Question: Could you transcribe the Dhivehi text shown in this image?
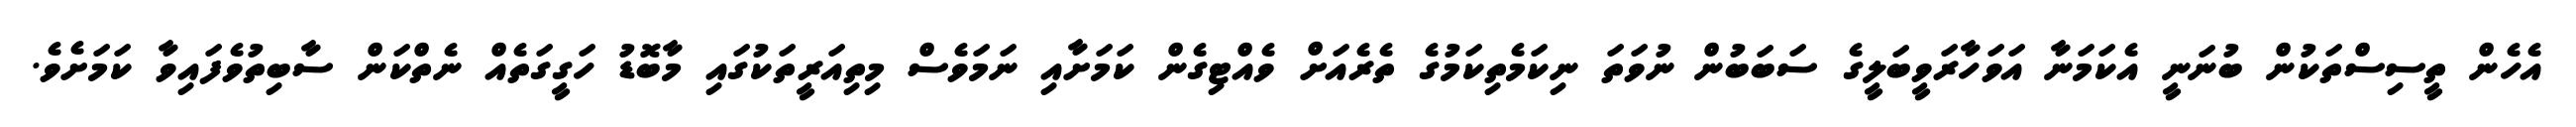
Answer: އެހެން ތީސިސްތަކުން ބުނަނީ އެކަމަނާ އަވަހާރަވީބަލީގެ ސަބަބުން ނުވަތަ ނިކަމެތިކަމުގެ ތެރެއަށް ވެއްޓިގެން ކަމަށާއި ނަމަވެސް މިތިއަރީތަކުގައި މާބޮޑު ހަގީގަތެއް ނެތްކަން ސާބިތުވެފައިވާ ކަމަށެވެ.